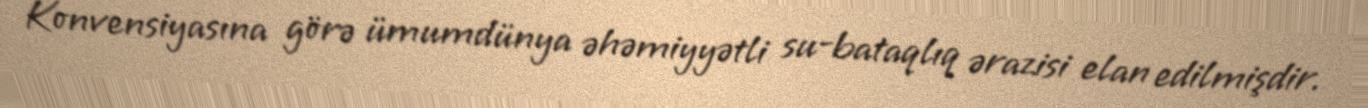
Konvensiyasına görə ümumdünya əhəmiyyətli su-bataqlıq ərazisi elan edilmişdir.